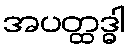
အပတ္ထဒ္ဓါ